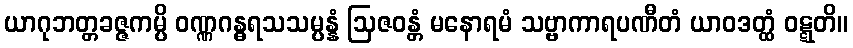
ယာဂုဘတ္တခဇ္ဇကမ္ပိ ဝဏ္ဏဂန္ဓရသသမ္ပန္နံ ဩဇဝန္တံ မနောရမံ သဗ္ဗာကာရပဏီတံ ယာဝဒတ္ထံ ဝဋ္ဋတိ။